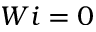
W i = 0